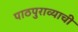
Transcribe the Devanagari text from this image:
पाठपुराव्याची